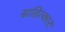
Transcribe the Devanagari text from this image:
साहित्कार